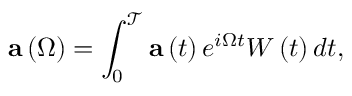
\mathbf { a } \left( \Omega \right) = \int _ { 0 } ^ { \mathcal { T } } \mathbf { a } \left( t \right) e ^ { i \Omega t } W \left( t \right) d t ,